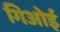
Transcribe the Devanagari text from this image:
गिओई